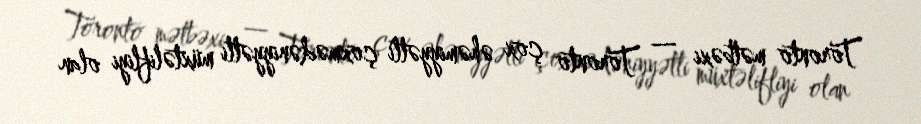
Toronto mətbəxi — Toronto çox əhəmiyyətli çoxmədəniyyətli müxtəlifliyi olan